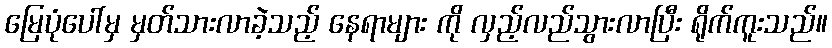
မြေပုံပေါ်မှ မှတ်သားလာခဲ့သည့် နေရာများ ကို လှည့်လည်သွားလာပြီး ရိုက်ကူးသည်။